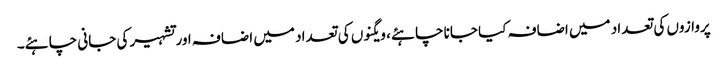
پروازوں کی تعداد میں اضافہ کیا جانا چاہئے ، ویگنوں کی تعداد میں اضافہ اور تشہیر کی جانی چاہئے۔